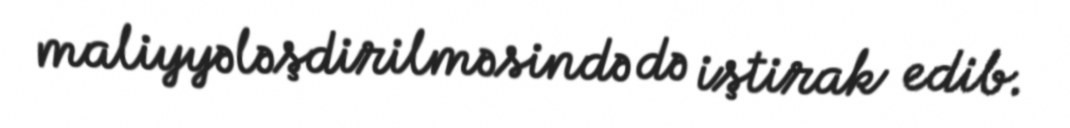
maliyyələşdirilməsində də iştirak edib.